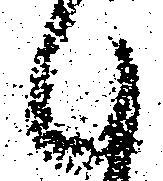
候